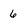
Character: 6